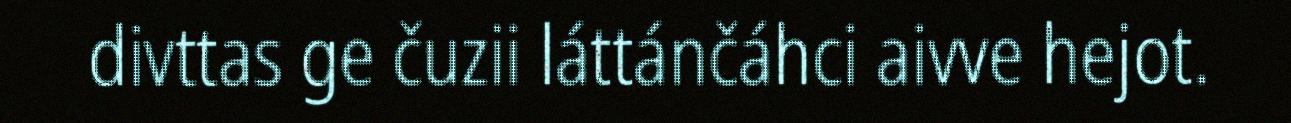
divttas ge čuzii láttánčáhci aivve hejot.